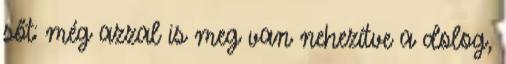
sőt: még azzal is meg van nehezítve a dolog,